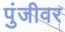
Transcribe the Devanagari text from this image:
पुंजीवर